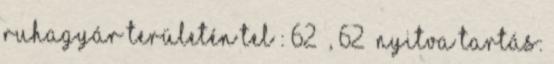
ruhagyár területén Tel : 62 , 62 Nyitva tartás: